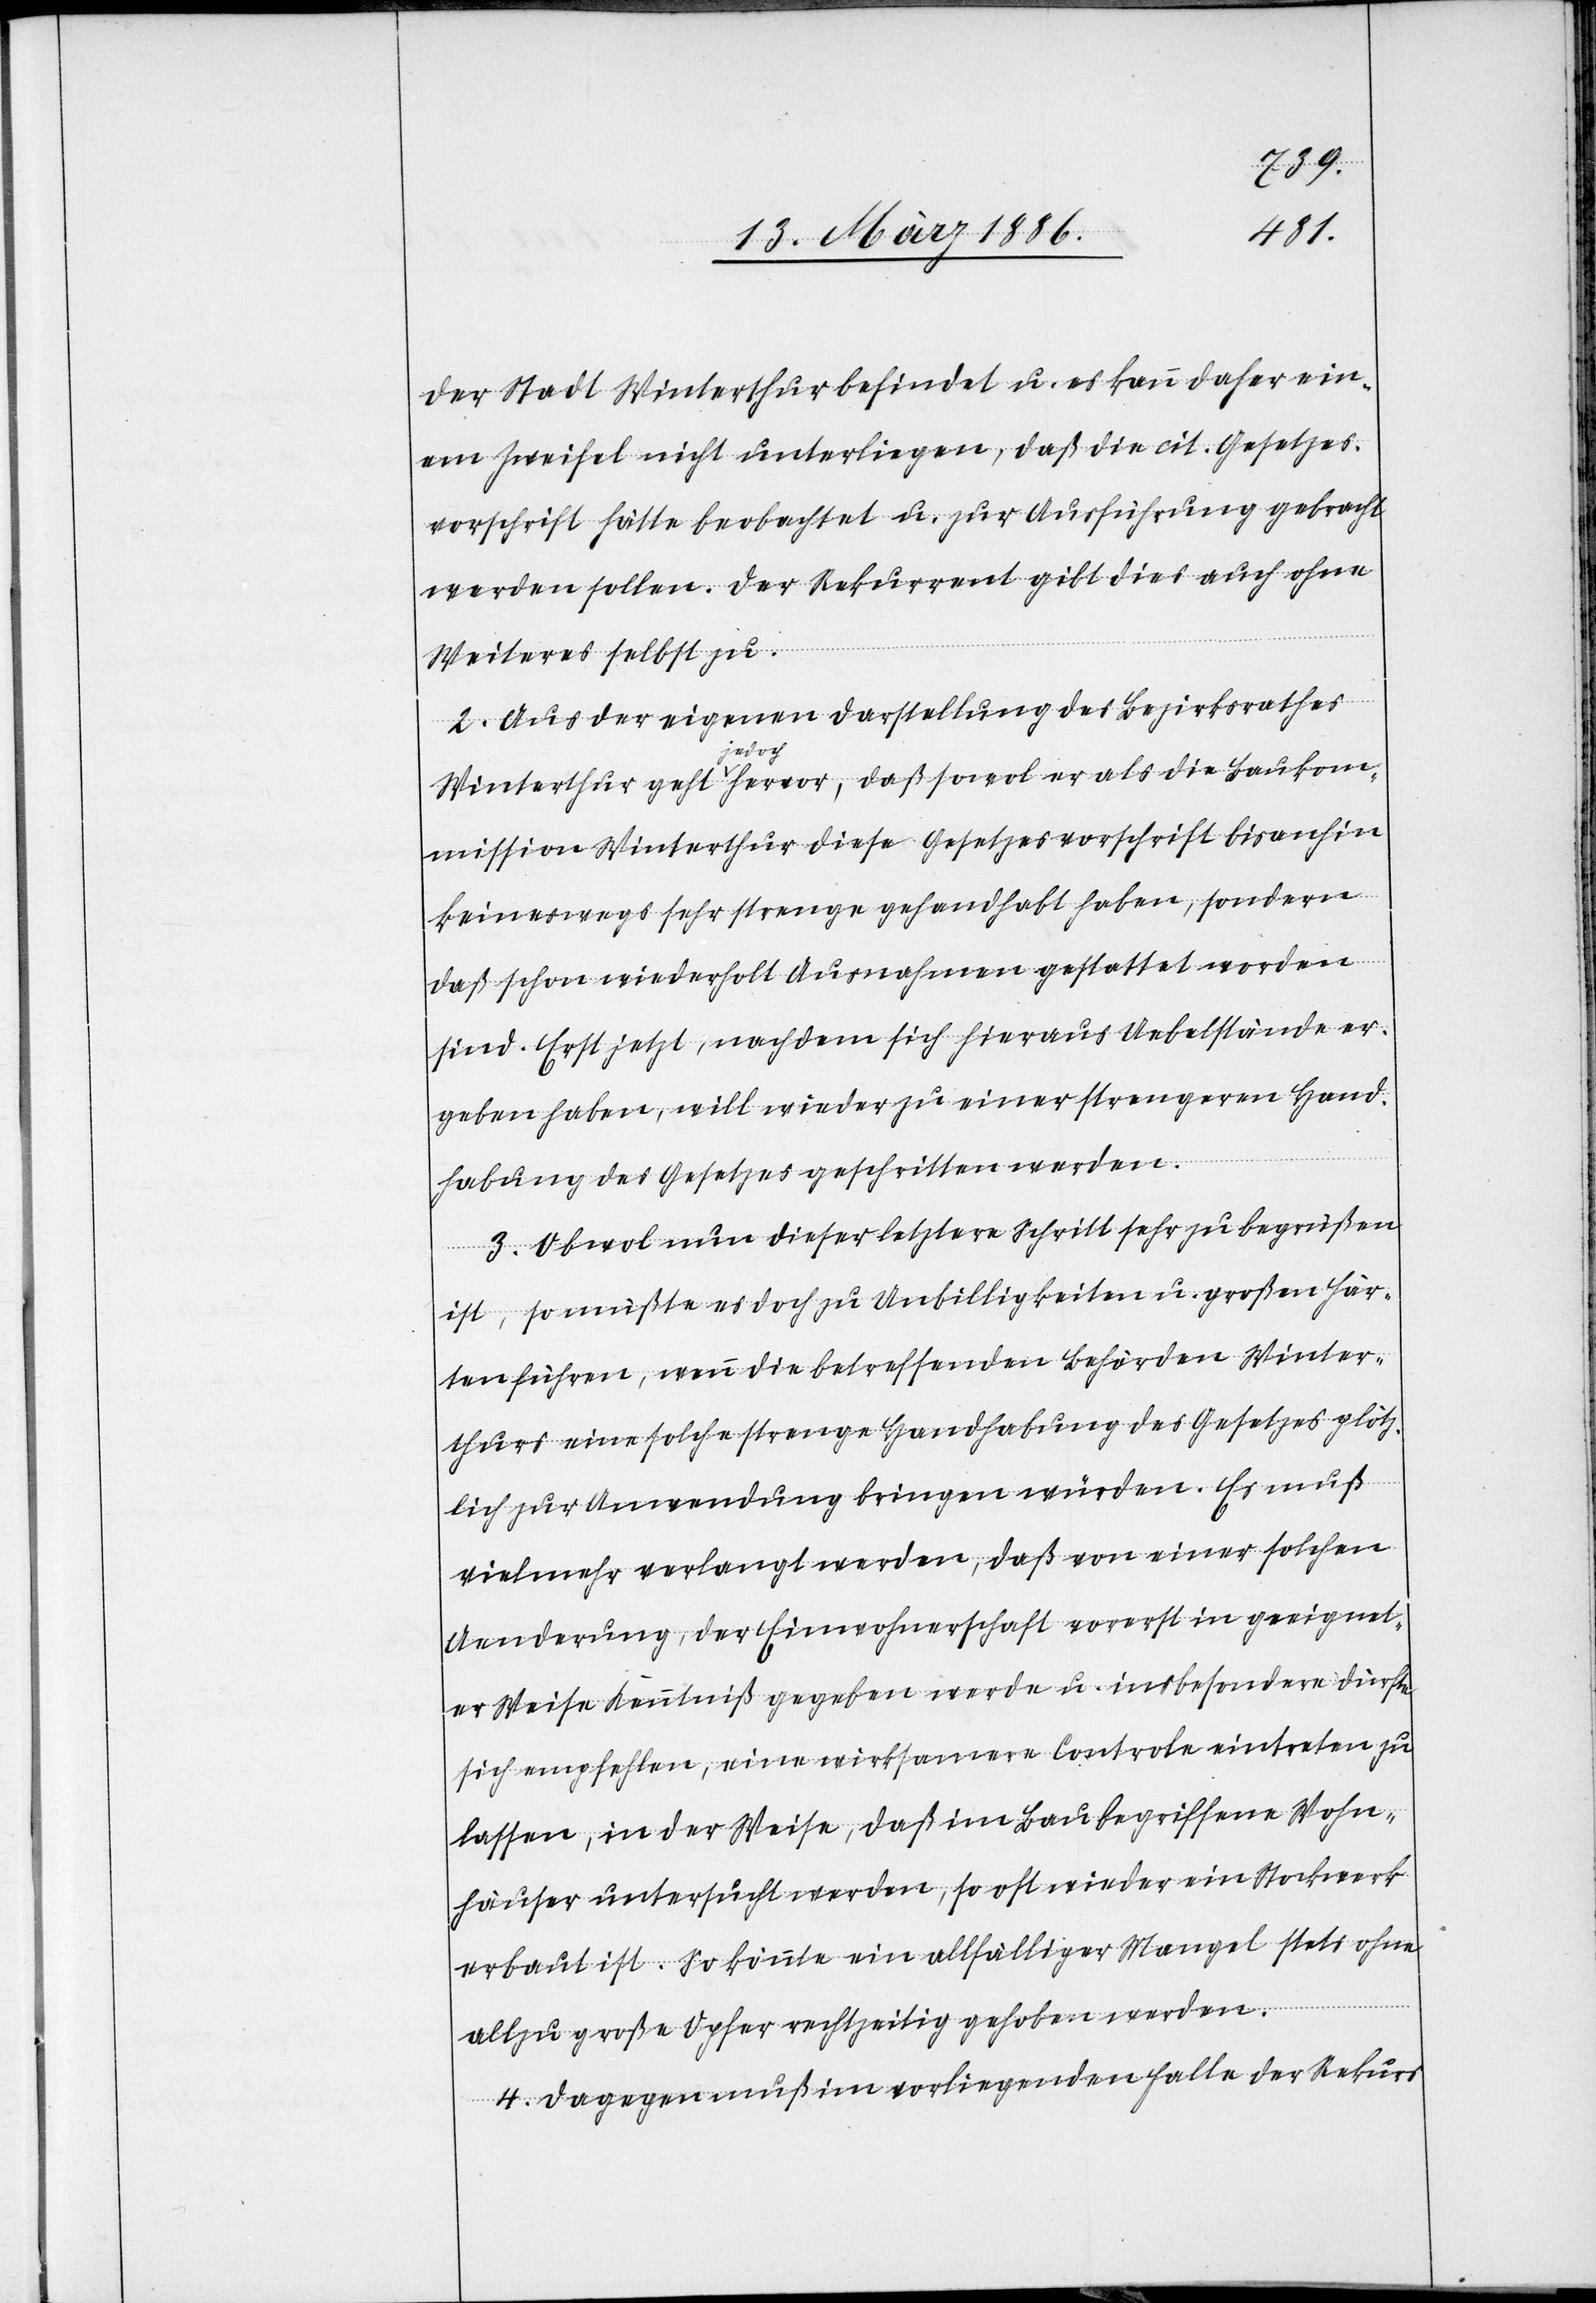
der Stadt Winterthur befindet u. es kann daher ein¬
em Zweifel nicht unterliegen, daß die cit. Gesetzes¬
vorschrift hätte beobachtet u. zur Ausführung gebracht
werden sollen. Der Rekurrent gibt dies auch ohne
Weiteres selbst zu.
2. Aus der eigenen Darstellung des Bezirksrathes
Winterthur geht jedoch hervor, daß sowol er als die Baukom¬
mission Winterthur diese Gesetzesvorschrift bis anhin
keineswegs sehr streng gehandhabt haben, sondern
daß schon wiederholt Ausnahmen gestattet worden
sind. Erst jetzt, nachdem sich hieraus Uebelstände er¬
geben haben, will wieder zu einer strengeren Hand¬
habung des Gesetzes geschritten werden.
3. Obwol nun dieser letztere Schritt sehr zu begrüßen
ist, so müßte es doch zu Unbilligkeiten u. großen Här¬
ten führen, wenn die betreffenden Behörden Winter¬
thurs eine solche strenge Handhabung des Gesetzes plötz¬
lich zur Anwendung bringen würden. Es muß
vielmehr verlangt werden, daß von einer solchen
Aenderung der Einwohnerschaft vorerst in geeignet¬
er Weise Kenntniß gegeben werde u. insbesondere dürfte
sich empfehlen, eine wirksamere Controle eintreten zu
lassen, in der Weise, daß im Bau begriffene Wohn¬
häuser untersucht werden, so oft wieder ein Stockwerk
erbaut ist. So könnte ein allfälliger Mangel stets ohne
allzu große Opfer rechtzeitig gehoben werden.
4. Dagegen muß im vorliegenden Falle der Rekurs